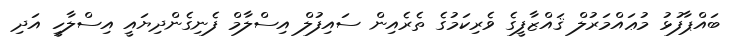
ބައްޕާފުޅު މުޢައްމަރުލް ޤައްޒާފީގެ ވެރިކަމުގެ ތެރެއިން ސައިފުލް އިސްލާމް ފެނިގެންދިޔައީ އިސްލާހީ އަދި